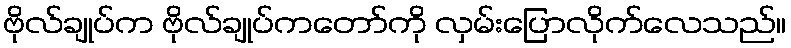
ဗိုလ်ချုပ်က ဗိုလ်ချုပ်ကတော်ကို လှမ်းပြောလိုက်လေသည်။